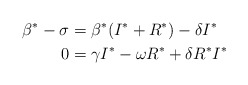
\begin{align*} \beta^*-\sigma &= \beta^*(I^*+R^*)-\delta I^* \\ 0 &= \gamma I^* - \omega R^* +\delta R^* I^*\end{align*}